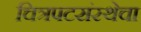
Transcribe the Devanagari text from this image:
चित्रपटसंस्थेचा